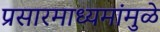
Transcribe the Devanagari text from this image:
प्रसारमाध्यमांमुळे